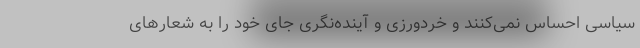
سیاسی احساس نمی‌کنند و خردورزی و آینده‌نگری جای خود را به شعارهای